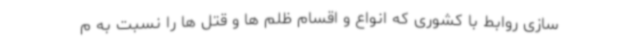
سازی روابط با کشوری که انواع و اقسام ظلم ها و قتل ها را نسبت به م